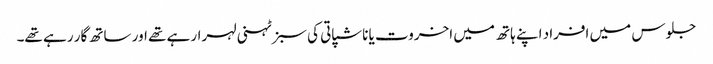
جلوس میں افراد اپنے ہاتھ میں اخروت یا ناشپاتی کی سبز ٹہنی لہرارہے تھے اور ساتھ گار رہے تھے۔